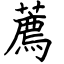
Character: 薦